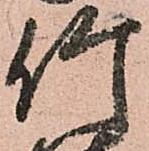
竹